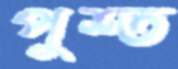
পুশ্ত